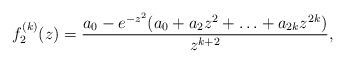
LaTeX: \begin{align*}f^{(k)}_2(z)=\frac{a_0-e^{-z^2}(a_0+a_2z^2+\ldots+a_{2k}z^{2k})}{z^{k+2}},\end{align*}